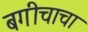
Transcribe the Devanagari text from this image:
बगीचाचा